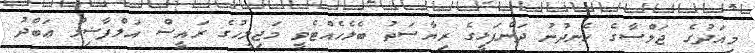
މިއަދުގެ ޖަލްސާގެ ހެނދުނު ދަންފަޅީގެ ރިޔާސަތު ބެލެހެއްޓެވީ މަޖިލީހުގެ ރައީސް އަލްފާޟިލް ޢަބްދު